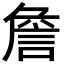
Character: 詹